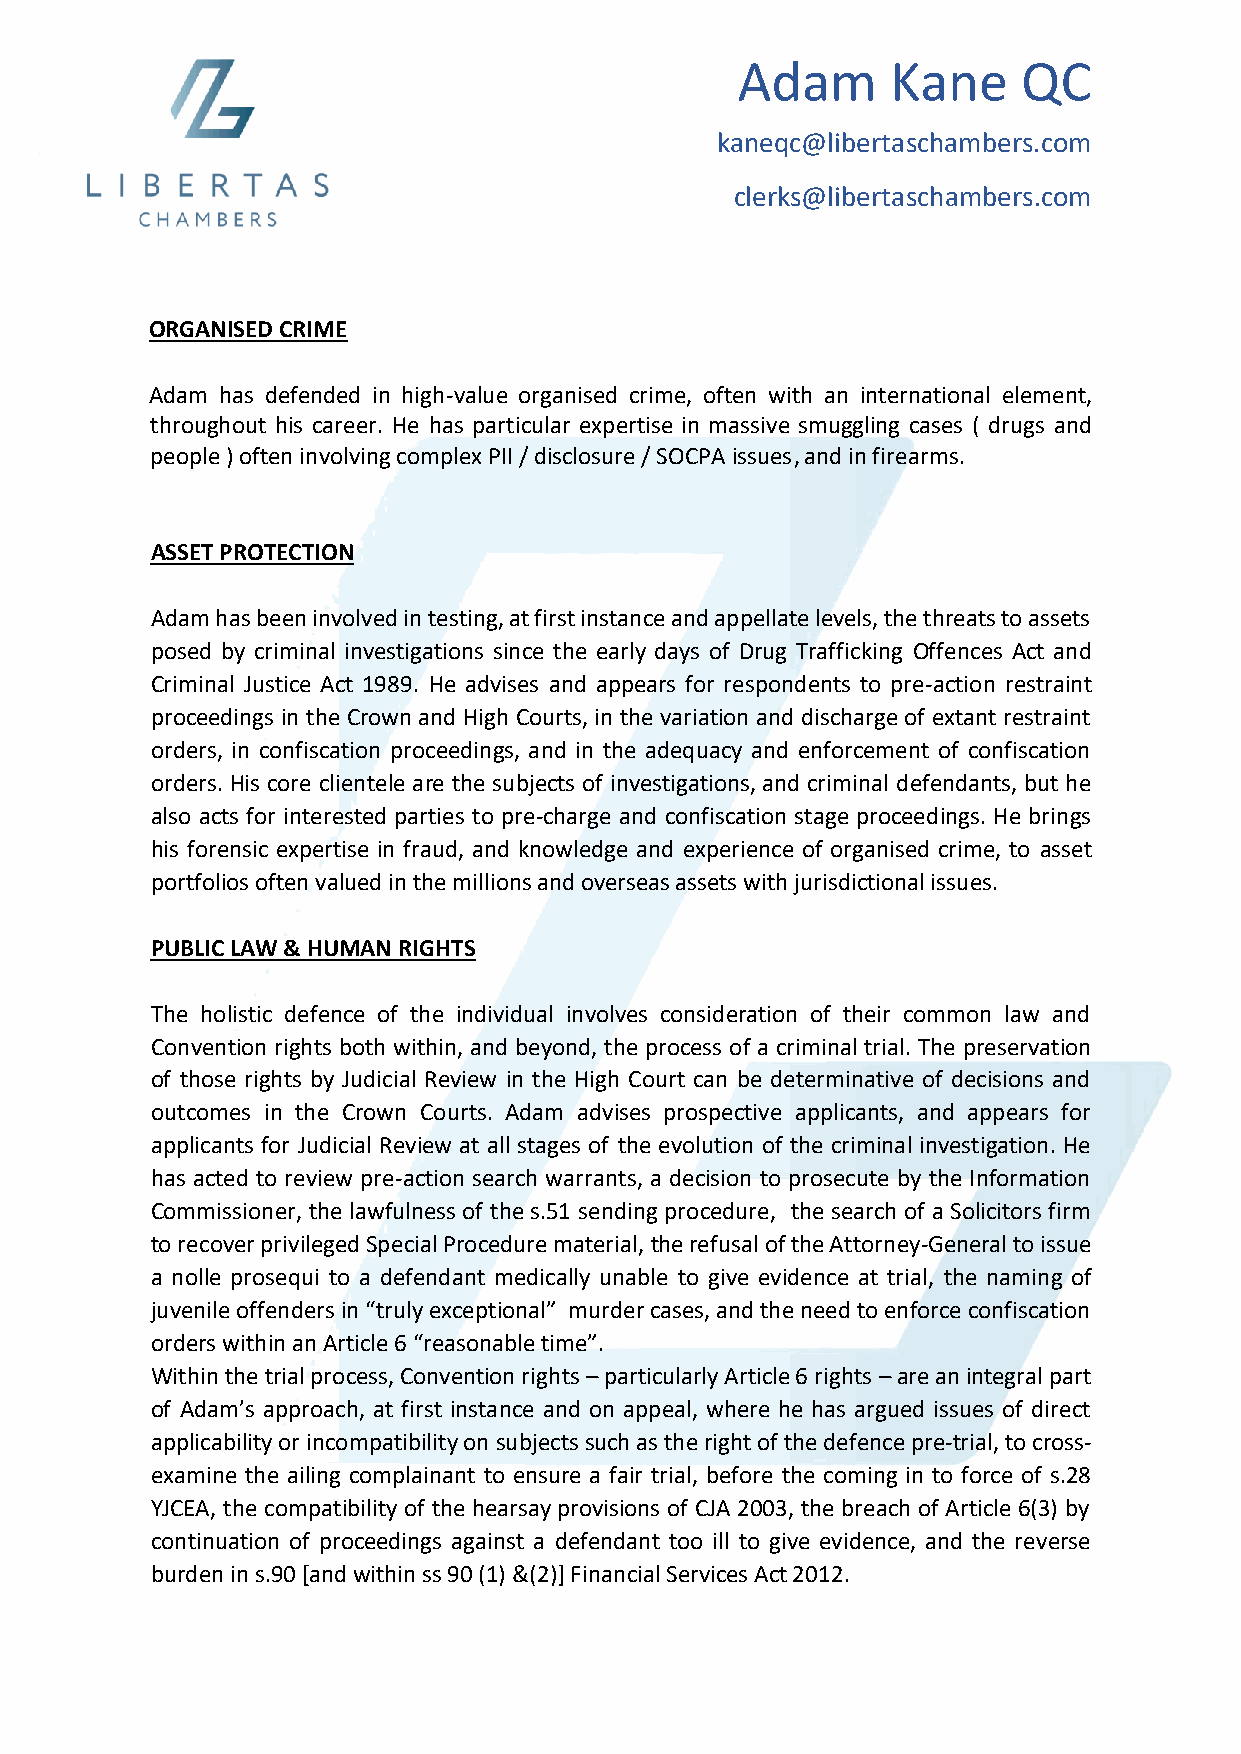
Adam      Kane     QC
 kaneqc@libertaschambers.com
 clerks@libertaschambers.com
 ORGANISED CRIME
 Adam has defended in high-value organised crime, often with an international element,
 throughout his career. He has particular expertise in massive smuggling cases ( drugs and
 people ) often involving complex PII / disclosure / SOCPA issues, and in firearms.
 ASSET PROTECTION
 Adam has been involved in testing, at first instance and appellate levels, the threats to assets
 posed by criminal investigations since the early days of Drug Trafficking Offences Act and
 Criminal Justice Act 1989. He advises and appears for respondents to pre-action restraint
 proceedings in the Crown and High Courts, in the variation and discharge of extant restraint
 orders, in confiscation proceedings, and in the adequacy and enforcement of confiscation
 orders. His core clientele are the subjects of investigations, and criminal defendants, but he
 also acts for interested parties to pre-charge and confiscation stage proceedings. He brings
 his forensic expertise in fraud, and knowledge and experience of organised crime, to asset
 portfolios often valued in the millions and overseas assets with jurisdictional issues.
 PUBLIC LAW & HUMAN RIGHTS
 The holistic defence of the individual involves consideration of their common law and
 Convention rights both within, and beyond, the process of a criminal trial. The preservation
 of those rights by Judicial Review in the High Court can be determinative of decisions and
 outcomes in the Crown Courts. Adam advises prospective applicants, and appears for
 applicants for Judicial Review at all stages of the evolution of the criminal investigation. He
 has acted to review pre-action search warrants, a decision to prosecute by the Information
 Commissioner, the lawfulness of the s.51 sending procedure, the search of a Solicitors firm
 to recover privileged Special Procedure material, the refusal of the Attorney-General to issue
 a nolle prosequi to a defendant medically unable to give evidence at trial, the naming of
 juvenile offenders in “truly exceptional” murder cases, and the need to enforce confiscation
 orders within an Article 6 “reasonable time”.
 Within the trial process, Convention rights – particularly Article 6 rights – are an integral part
 of Adam’s approach, at first instance and on appeal, where he has argued issues of direct
 applicability or incompatibility on subjects such as the right of the defence pre-trial, to cross-
 examine the ailing complainant to ensure a fair trial, before the coming in to force of s.28
 YJCEA, the compatibility of the hearsay provisions of CJA 2003, the breach of Article 6(3) by
 continuation of proceedings against a defendant too ill to give evidence, and the reverse
 burden in s.90 [and within ss 90 (1) &(2)] Financial Services Act 2012.